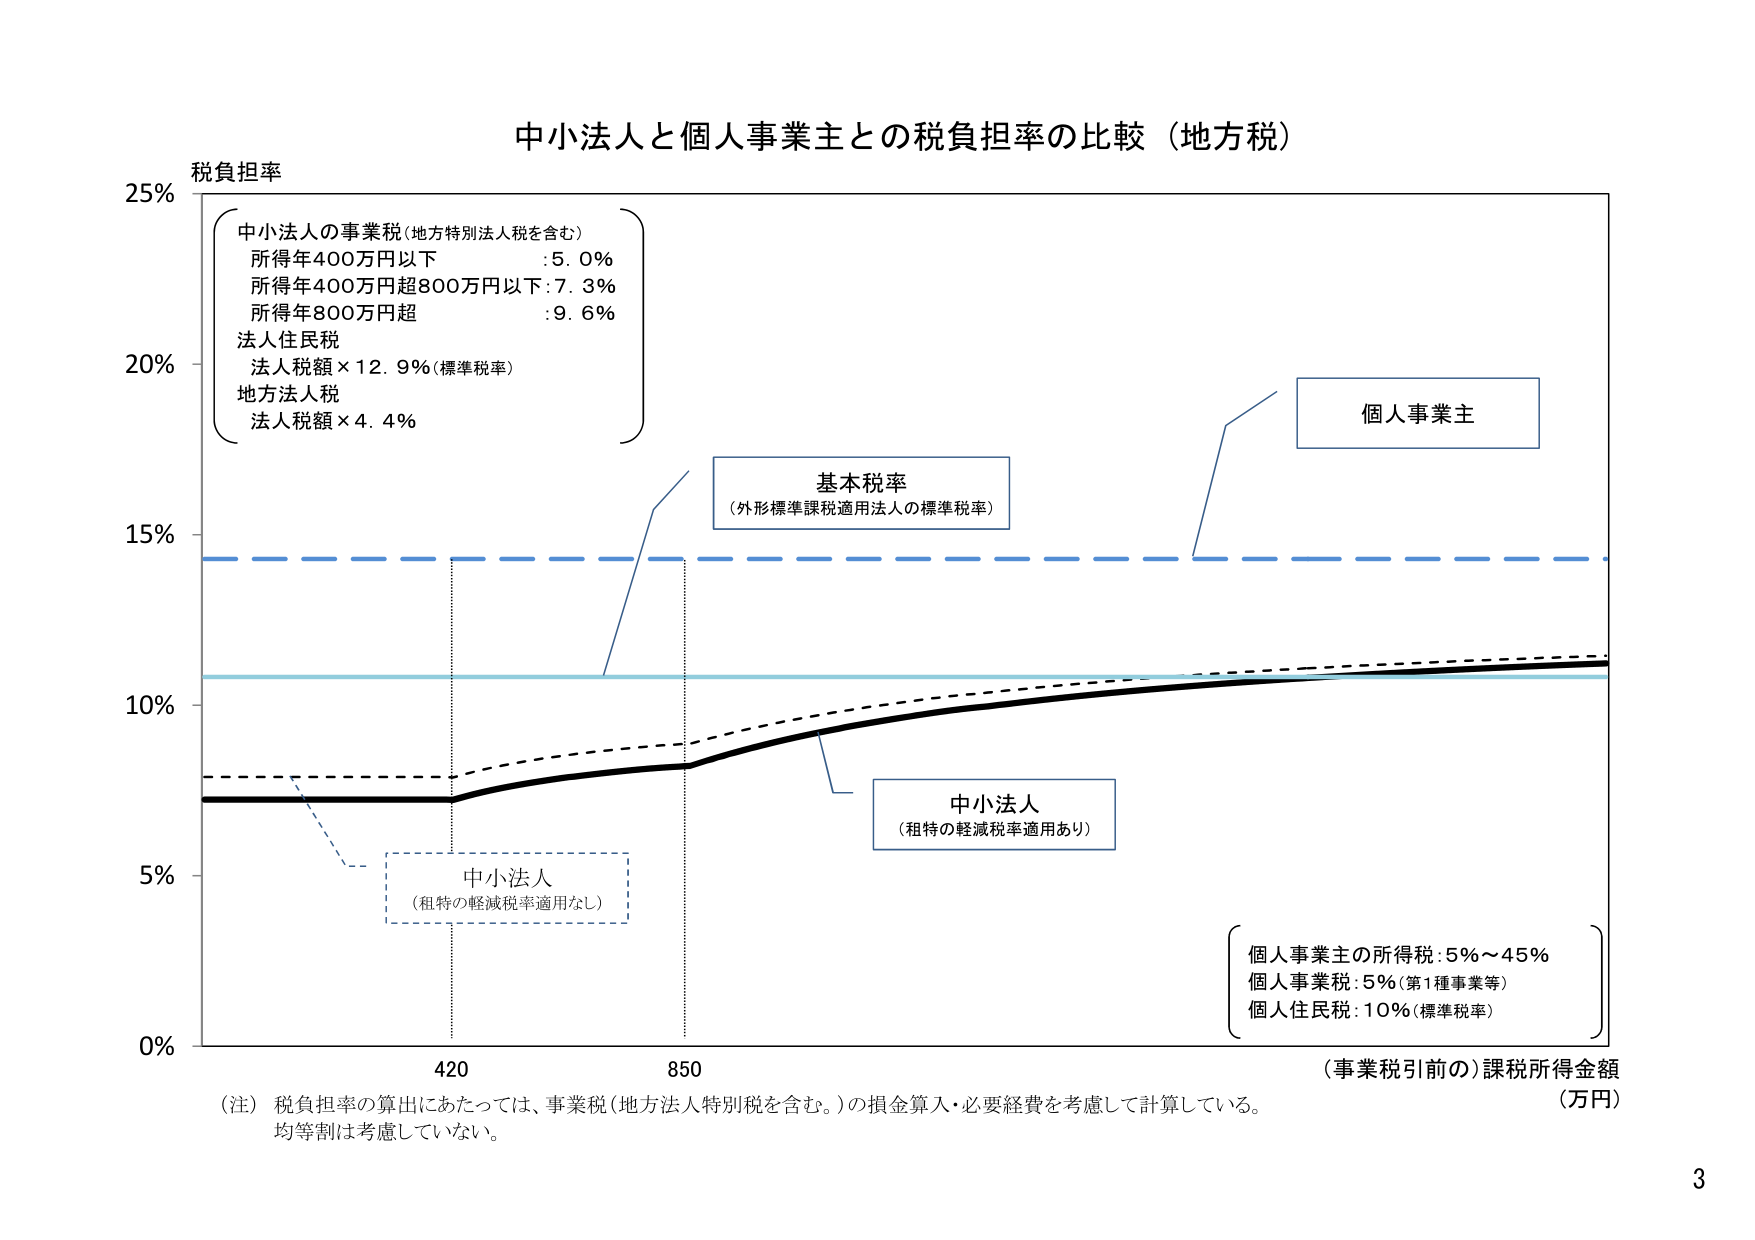
中小法人と個人事業主との税負担率の比較（地方税）

税負担率

中小法人の事業税（地方特別法人税を含む）
所得年400万円以下 ：5.0％
所得年400万円超800万円以下：7.3％
所得年800万円超 ：9.6％

法人住民税
法人税額×12.9％（標準税率）

地方法人税
法人税額×4.4％

基本税率
（外形標準課税適用法人の標準税率）

個人事業主

中小法人
（租特の軽減税率適用あり）

中小法人
（租特の軽減税率適用なし）

個人事業主の所得税：5％～45％
個人事業税：5％（第1種事業等）
個人住民税：10％（標準税率）

（注）税負担率の算出にあたっては、事業税（地方法人特別税を含む。）の損金算入・必要経費を考慮して計算している。
均等割は考慮していない。

（事業税引前の）課税所得金額
（万円）

25％
20％
15％
10％
5％
0％

420
850

3